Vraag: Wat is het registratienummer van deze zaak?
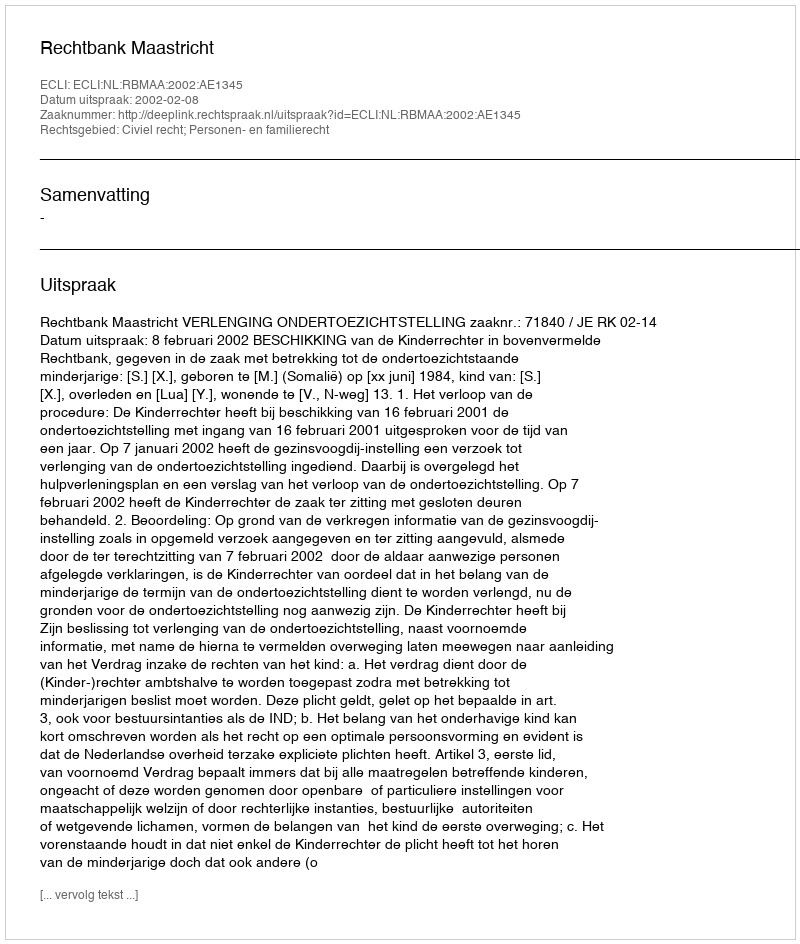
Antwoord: http://deeplink.rechtspraak.nl/uitspraak?id=ECLI:NL:RBMAA:2002:AE1345